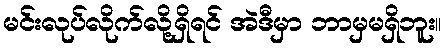
မင်းလုပ်လိုက်လို့ရှိရင် အဲဒီမှာ ဘာမှမရှိဘူး။